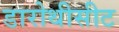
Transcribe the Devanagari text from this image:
डारोथीसीट